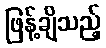
ဖြန့်ချိသည့်